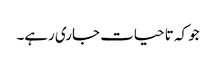
جو کہ تا حیات جاری رہے۔